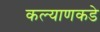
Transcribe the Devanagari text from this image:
कल्याणकडे